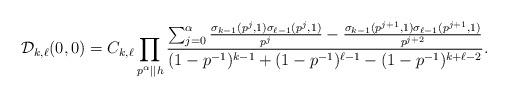
LaTeX: \begin{align*} \mathcal{D}_{k,\ell}(0,0) = C_{k,\ell} \prod_{p^\alpha \mid \mid h} \frac{ \sum_{j=0}^{\alpha} \frac{\sigma_{k-1}(p^j,1)\sigma_{\ell-1}(p^j,1) } {p^{j}} - \frac{\sigma_{k-1}(p^{j+1},1)\sigma_{\ell-1}(p^{j+1},1) }{p^{j+2}}}{ (1-p^{-1})^{k-1}+(1-p^{-1})^{\ell-1} - (1-p^{-1})^{k+\ell-2}}.\end{align*}